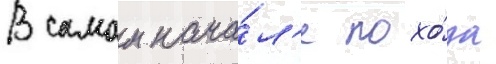
В самом нача́л'е похо́да